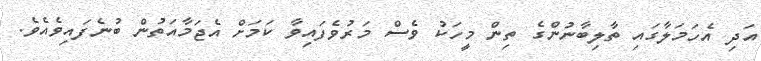
އަދި އެހަމަލާގައި ތާލިބާނުންގެ ތިން މީހަކު ވެސް މަރުވެފައިވާ ކަމަށް އެޖަމާއަތުން ބުނެފައިވެއެވެ.